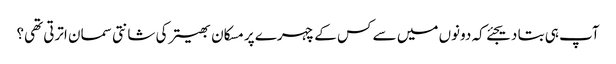
آپ ہی بتا دیجئے کہ دونوں میں سے کس کے چہرے پر مسکان بھیتر کی شانتی سمان اترتی تھی؟